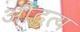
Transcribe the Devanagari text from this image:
औद्धत्य